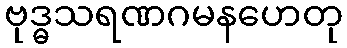
ဗုဒ္ဓသရဏဂမနဟေတု